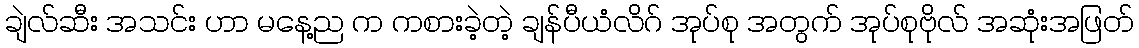
ချဲလ်ဆီး အသင်း ဟာ မနေ့ည က ကစားခဲ့တဲ့ ချန်ပီယံလိဂ် အုပ်စု အတွက် အုပ်စုဗိုလ် အဆုံးအဖြတ်